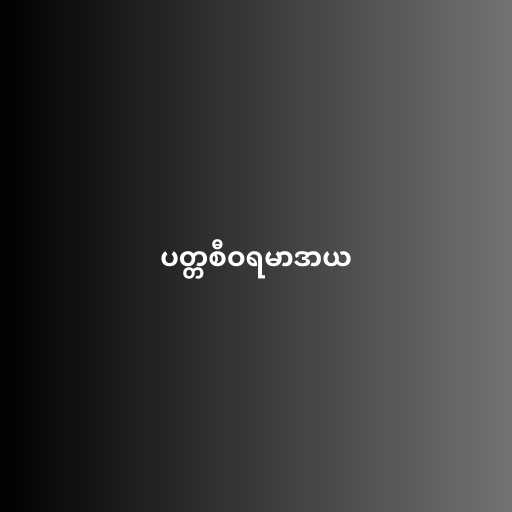
ပတ္တစီဝရမာဒာယ